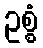
ဥစ္စံ